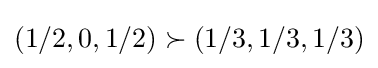
(1/2,0,1/2)\succ (1/3,1/3,1/3)